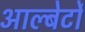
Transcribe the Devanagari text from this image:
आल्बेर्टो